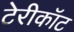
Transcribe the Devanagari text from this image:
टेरीकॉट